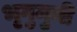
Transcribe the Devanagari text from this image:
भृगुमुनी